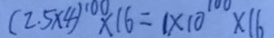
( 2 . 5 \times 4 ) ^ { 1 0 0 } \times 1 6 = 1 \times 1 0 ^ { 1 0 0 } \times 1 6